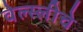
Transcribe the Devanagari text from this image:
वेल्स्लीचे